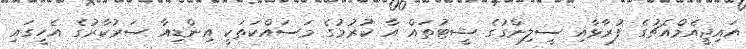
އައިޖީއެމްއެޗުގެ ފުރާޅާއި ސީލިންގުގެ ޝީޓުތައް އާ ކުރުމުގެ މަސައްކަތަކީ އިންޑިއާ ސަރުކާރުގެ އެހީގައި